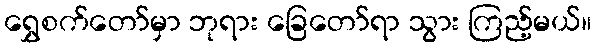
ရွှေစက်တော်မှာ ဘုရား ခြေတော်ရာ သွား ကြည့်မယ်။